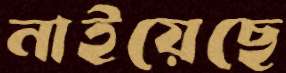
নাইয়েছে